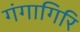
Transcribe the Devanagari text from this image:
गंगागिरि